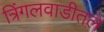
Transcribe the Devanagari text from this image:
त्रिंगलवाडीतले